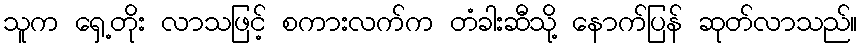
သူက ရှေ့တိုး လာသဖြင့် စကားလက်က တံခါးဆီသို့ နောက်ပြန် ဆုတ်လာသည်။